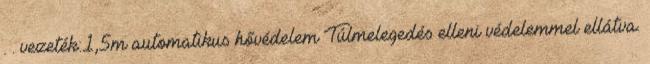
. . vezeték:1,5m automatikus hővédelem Túlmelegedés elleni védelemmel ellátva.